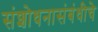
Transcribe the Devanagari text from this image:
संशोधनासंबंधीचे